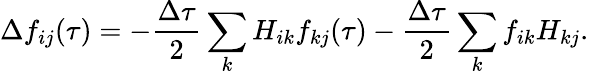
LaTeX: \Delta f_{ij}(\tau)=-\frac{\Delta\tau}{2}\sum_{k}H_{ik}f_{kj}(\tau)-\frac{\Delta\tau}{2}\sum_{k}f_{ik}H_{kj}.